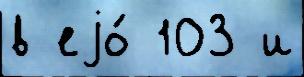
в еjо́ 103 и